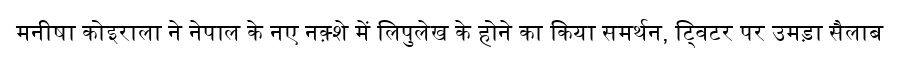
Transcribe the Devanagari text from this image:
मनीषा कोइराला ने नेपाल के नए नक़्शे में लिपुलेख के होने का किया समर्थन, ट्विटर पर उमड़ा सैलाब